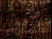
صوتى